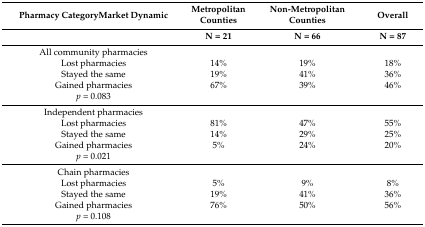
<table><thead><tr><td><b>Pharmacy CategoryMarket Dynamic</b></td><td><b>Metropolitan Counties </b></td><td><b>Non-Metropolitan Counties</b></td><td><b>Overall</b></td></tr><tr><td></td><td><b>N = 21</b></td><td><b>N = 66</b></td><td><b>N = 87</b></td></tr></thead><tbody><tr><td>All community pharmacies</td><td></td><td></td><td></td></tr><tr><td>Lost pharmacies</td><td>14%</td><td>19%</td><td>18%</td></tr><tr><td>Stayed the same</td><td>19%</td><td>41%</td><td>36%</td></tr><tr><td>Gained pharmacies</td><td>67%</td><td>39%</td><td>46%</td></tr><tr><td><i>p</i> = 0.083</td><td></td><td></td><td></td></tr><tr><td>Independent pharmacies</td><td></td><td></td><td></td></tr><tr><td>Lost pharmacies</td><td>81%</td><td>47%</td><td>55%</td></tr><tr><td>Stayed the same</td><td>14%</td><td>29%</td><td>25%</td></tr><tr><td>Gained pharmacies</td><td>5%</td><td>24%</td><td>20%</td></tr><tr><td><i>p</i> = 0.021</td><td></td><td></td><td></td></tr><tr><td>Chain pharmacies</td><td></td><td></td><td></td></tr><tr><td>Lost pharmacies</td><td>5%</td><td>9%</td><td>8%</td></tr><tr><td>Stayed the same</td><td>19%</td><td>41%</td><td>36%</td></tr><tr><td>Gained pharmacies</td><td>76%</td><td>50%</td><td>56%</td></tr><tr><td><i>p</i> = 0.108</td><td></td><td></td><td></td></tr></tbody></table>